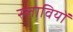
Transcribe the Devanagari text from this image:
स्लावियों